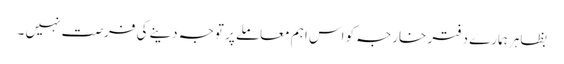
بظاہر ہمارے دفتر خارجہ کو اس اہم معاملے پر توجہ دینے کی فرصت نہیں ۔